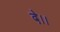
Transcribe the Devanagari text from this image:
दे।।